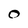
Character: O